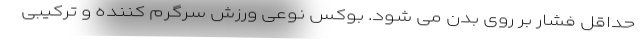
حداقل فشار بر روی بدن می شود. بوکس نوعی ورزش سرگرم کننده و ترکیبی